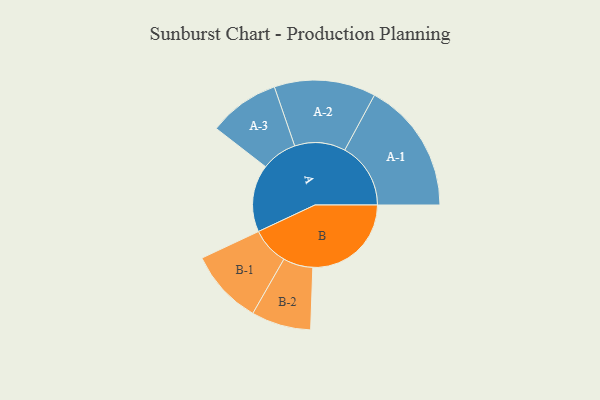
{"axis": {"x": "Segment", "y": "Value"}, "legend": ["", "A", "B"], "data": [{"x": "A", "y": 244, "type": ""}, {"x": "B", "y": 357, "type": ""}, {"x": "A-1", "y": 239, "type": "A"}, {"x": "A-2", "y": 184, "type": "A"}, {"x": "A-3", "y": 129, "type": "A"}, {"x": "B-1", "y": 136, "type": "B"}, {"x": "B-2", "y": 108, "type": "B"}]}